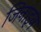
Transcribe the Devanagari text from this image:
जिनाइन